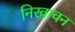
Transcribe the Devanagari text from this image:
निरवाचन